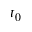
t _ { 0 }